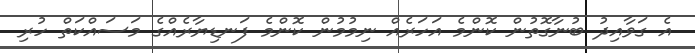
އެ ގަވާއިދު ބުނާގޮތުން ކޮންމެ އަހަރެއް ނިމުމުން ކޮންމެ ފަނޑިޔާރެއްގެ މަސައްކަތް ހުރި